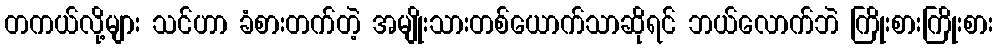
တကယ်လို့များ သင်ဟာ ခံစားတက်တဲ့ အမျိုးသားတစ်ယောက်သာဆိုရင် ဘယ်လောက်ဘဲ ကြိုးစားကြိုးစား